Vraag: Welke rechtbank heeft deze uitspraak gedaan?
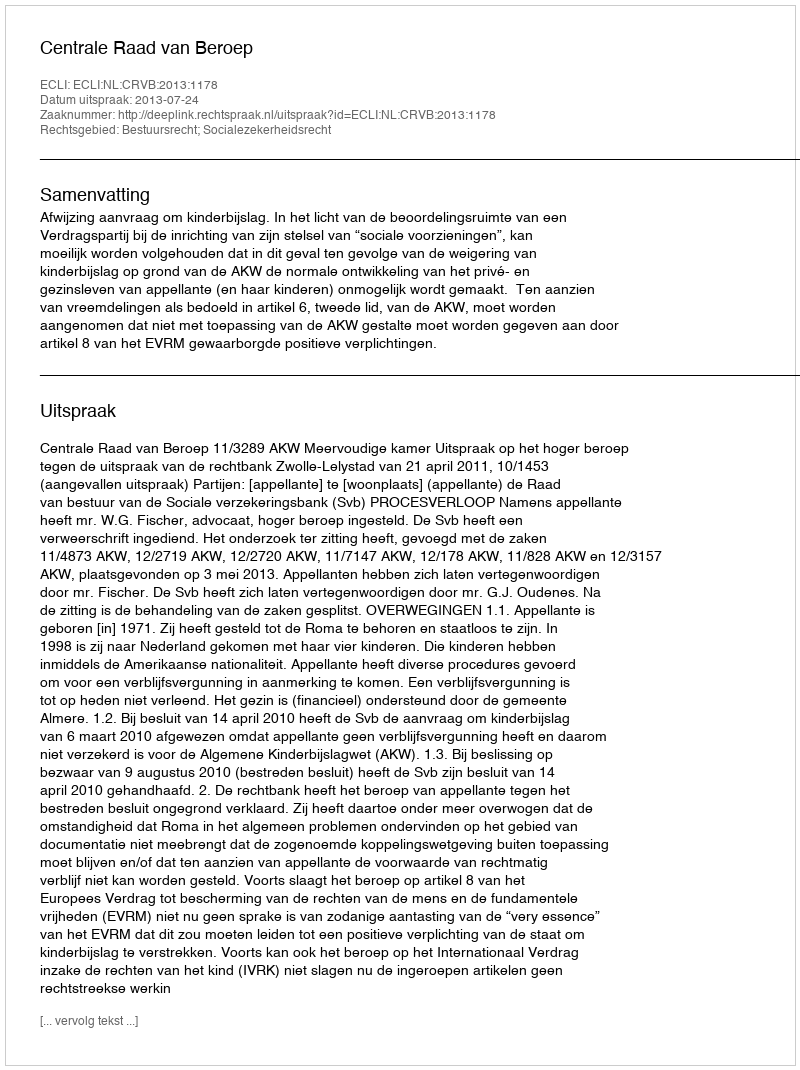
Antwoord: Centrale Raad van Beroep